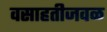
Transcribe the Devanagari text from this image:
वसाहतीजवळ